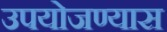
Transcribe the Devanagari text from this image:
उपयोजण्यास